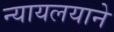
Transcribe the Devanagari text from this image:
न्यायलयाने